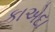
કાએદા